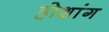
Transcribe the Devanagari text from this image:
होशांग